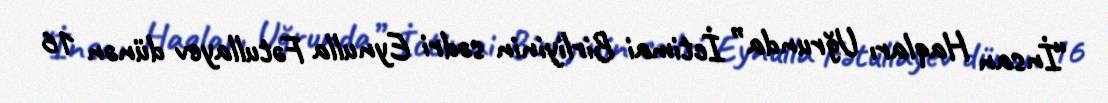
“İnsan Haqları Uğrunda” İctimai Birliyinin sədri Eynulla Fətullayev dünən 16